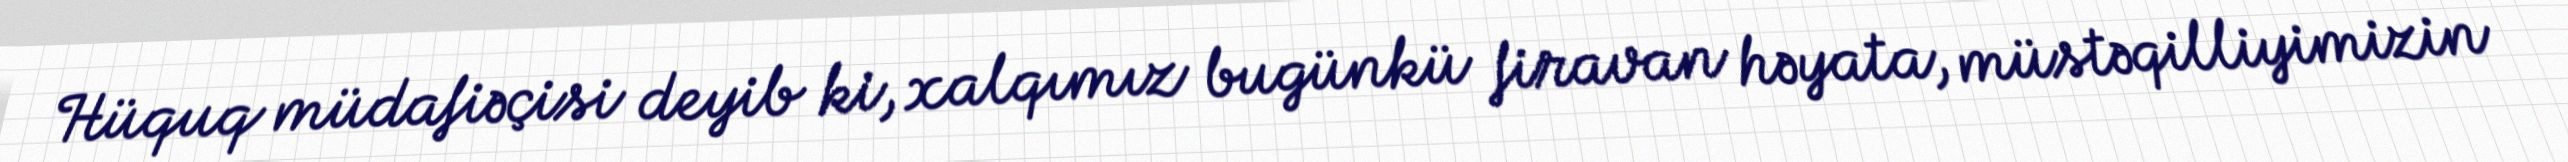
Hüquq müdafiəçisi deyib ki, xalqımız bugünkü firavan həyata, müstəqilliyimizin